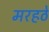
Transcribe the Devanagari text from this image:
मरहठे